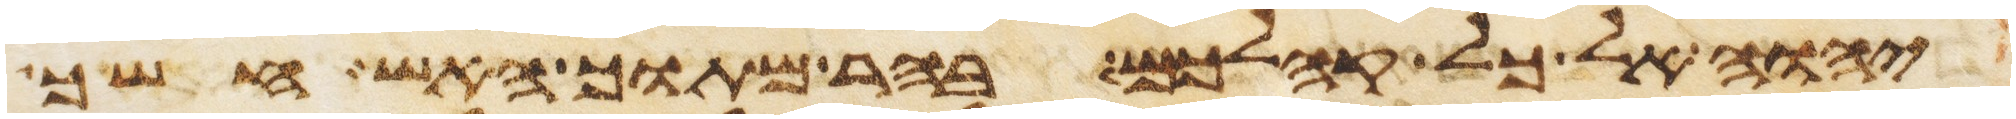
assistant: יהוה אל כל קהלכם בהר מתוך האש חשך